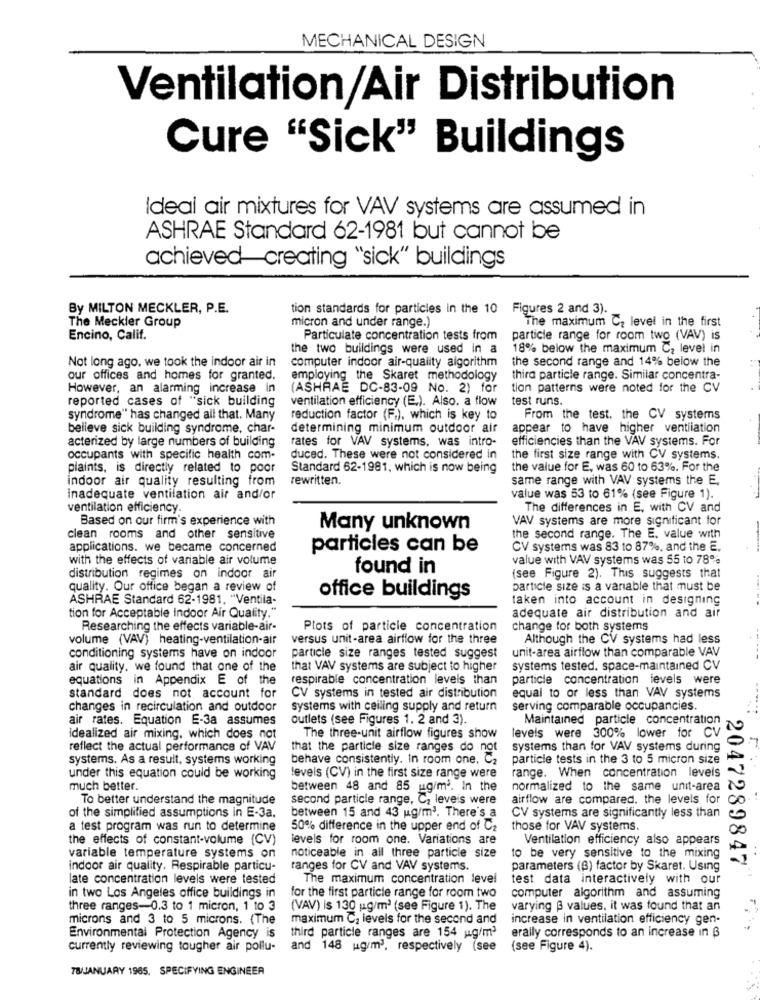
MECHANICAL DESIGN
Ventilation/Air Distribution
Cure "Sick" Buildings
Ideal air mixtures for VAV systems are assumed in
ASHRAE Standard 62-1981 but cannot be
achieved creating "sick" buildings
By MILTON MECKLER, P.E.
tion standards for particles in the 10 Figures 2 and 3).
The Meckler Group
micron and under range.)
The maximum Cz level in the first
Encino, Calif.
Particulate concentration tests from
particle range for room two (VAV) is
the two buildings were used in a
18% below the maximum C2 level in
computer indoor air-quality algorithm
the second range and 14% below the
Not long ago, we took the indoor air in
our offices and homes for granted.
employing the Skaret methodology
third particle range. Similar concentra-
However, an alarming increase in
(ASHRAE DC-83-09 No. 2) for
tion patterns were noted for the CV
reported cases of "sick building
ventilation efficiency (E.). Also. a flow
test runs
syndrome" has changed all that. Many
reduction factor (F.), which is key to
From the test. the CV systems
believe sick building syndrome, char-
determining minimum outdoor air
appear to have higher ventilation
acterized by large numbers of building
rates for VAV systems, was intro-
efficiencies than the VAV systems. For
occupants with specific health com-
duced. These were not considered in
the first size range with CV systems.
plaints, is directly related to poor
Standard 62-1981, which is now being
the value for E, was 60 to 63%. For the
indoor air quality resulting from
rewritten.
same range with VAV systems the E.
inadequate ventilation air and/or
value was 53 to 61% (see Figure 1).
ventilation efficiency.
The differences in E, with CV and
Based on our firm's experience with
VAV systems are more significant for
Many unknown
clean rooms and other sensitive
the second range. The E. value with
applications. we became concerned
particles can be
CV systems was 83 to 87%, and the E.
with the effects of variable air volume
value with VAV systems was 55 to 78%
found in
distribution regimes on indoor air
(see Figure 2). This suggests that
quality. Our office began a review of
particle size is a variable that must be
ASHRAE Standard 62-1981. "Ventila-
office buildings
taken into account in designing
tion for Acceptable Indoor Air Quality."
adequate air distribution and air
Researching the effects variable-air-
Plots of particle concentration
change for both systems
volume (VAV) heating-ventilation-air
versus unit-area airflow for the three
Although the CV systems had less
unit-area airflow than comparable VAV
conditioning systems have on indoor
particle size ranges tested suggest
air quality. we found that one of the
that VAV systems are subject to higher
systems tested. space-maintained CV
equations in Appendix E of the
respirable concentration levels than
particle concentration levels were
standard does not account for
CV systems in tested air distribution
equal to or less than VAV systems
changes in recirculation and outdoor
systems with ceiling supply and return
serving comparable occupancies.
air rates. Equation E-3a assumes
outlets (see Figures 1. 2 and 3).
Maintained particle concentration
Idealized air mixing, which does not
The three-unit airflow figures show
levels were 300% lower for CV
reflect the actual performance of VAV
that the particle size ranges do not
systems than for VAV systems during
systems. As a result, systems working
behave consistently. In room one. C2
particle tests in the 3 to 5 micron size
under this equation could be working
levels (CV) in the first size range were
range. When concentration levels
much better.
between 48 and 85 ug/m3. In the
normalized to the same unit-area
To better understand the magnitude
second particle range, Cz leveis were
airflow are compared. the levels for
of the simplified assumptions In E-3a.
between 15 and 43 ug/m'. There's a
CV systems are significantly less than
a test program was run to determine
50% difference in the upper end of C2
those for VAV systems.
the effects of constant-volume (CV)
levels for room one. Variations are
Ventilation efficiency also appears
variable temperature systems on
noticeable in all three particle size
to be very sensitive to the mixing
2047289847
indoor air quality. Respirable particu-
ranges for CV and VAV systems.
parameters (B) factor by Skaret. Using
late concentration levels were tested
The maximum concentration level
test data interactively with our
in two Los Angeles office buildings in
for the first particle range for room two
computer algorithm and assuming
three ranges-0.3 to 1 micron, 1 to 3
(VAV) is 130 ug/m3 (see Figure 1). The
varying @ values. it was found that an
microns and 3 to 5 microns. (The
maximum C2 levels for the second and
increase in ventilation efficiency gen-
erally corresponds to an increase in ß
Environmental Protection Agency is
third particle ranges are 154 w.g/m
currently reviewing tougher air pollu-
and 148 ug/m3, respectively (see
(see Figure 4).
TB/JANUARY 1965. SPECIFYING ENGINEER